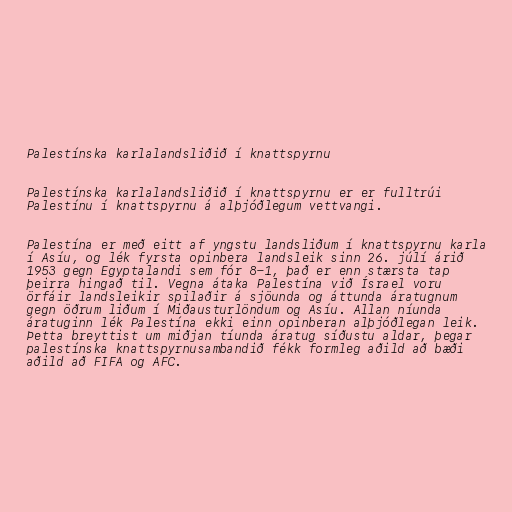
Palestínska karlalandsliðið í knattspyrnu

Palestínska karlalandsliðið í knattspyrnu er er fulltrúi
Palestínu í knattspyrnu á alþjóðlegum vettvangi.

Palestína er með eitt af yngstu landsliðum í knattspyrnu karla
í Asíu, og lék fyrsta opinbera landsleik sinn 26. júlí árið
1953 gegn Egyptalandi sem fór 8-1, það er enn stærsta tap
þeirra hingað til. Vegna átaka Palestína við Ísrael voru
örfáir landsleikir spilaðir á sjöunda og áttunda áratugnum
gegn öðrum liðum í Miðausturlöndum og Asíu. Allan níunda
áratuginn lék Palestína ekki einn opinberan alþjóðlegan leik.
Þetta breyttist um miðjan tíunda áratug síðustu aldar, þegar
palestínska knattspyrnusambandið fékk formleg aðild að bæði
aðild að FIFA og AFC.